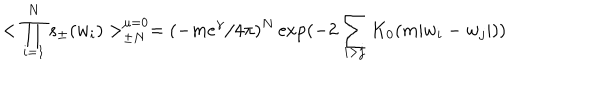
LaTeX: < \prod _ { i = 1 } ^ { N } s _ { \pm } ( w _ { i } ) > _ { \pm N } ^ { \mu = 0 } = ( - m e ^ { \gamma } / 4 \pi ) ^ { N } \exp ( - 2 \sum _ { i > j } K _ { 0 } ( m \vert w _ { i } - w _ { j } \vert ) )